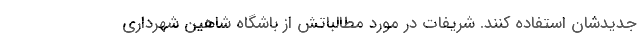
جدیدشان استفاده کنند. شریفات در مورد مطالباتش از باشگاه شاهین شهرداری